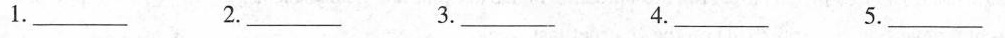
1.___2.___ 3.___ 4.___ 5.___